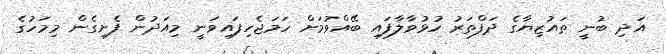
އަދި ބުނީ ތައުޒިޔާގެ ދަފްތަރު ހުޅުވާލާފައި ބޭއްވުމަށް ހަމަޖެހިފައިވަނީ މިއަދުން ފެށިގެން މިމަހުގެ